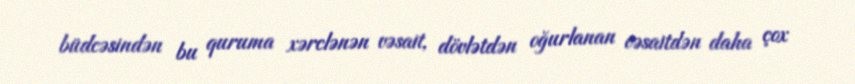
büdcəsindən bu quruma xərclənən vəsait, dövlətdən oğurlanan vəsaitdən daha çox